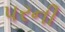
પરની